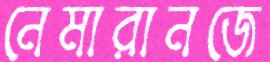
নেমারানজে